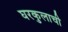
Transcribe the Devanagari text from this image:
घरकुलाची